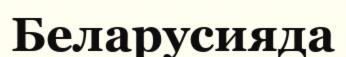
Беларусияда